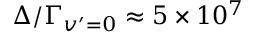
\Delta / \Gamma _ { v ^ { \prime } = 0 } \approx 5 \times 1 0 ^ { 7 }